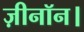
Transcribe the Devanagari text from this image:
ज़ीनॉन।